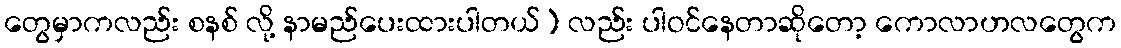
တွေမှာကလည်း စနစ် လို့ နာမည်ပေးထားပါတယ်) လည်း ပါဝင်နေတာဆိုတော့ ကောလာဟလတွေက